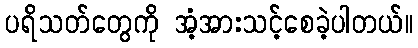
ပရိသတ်တွေကို အံ့အားသင့်စေခဲ့ပါတယ်။